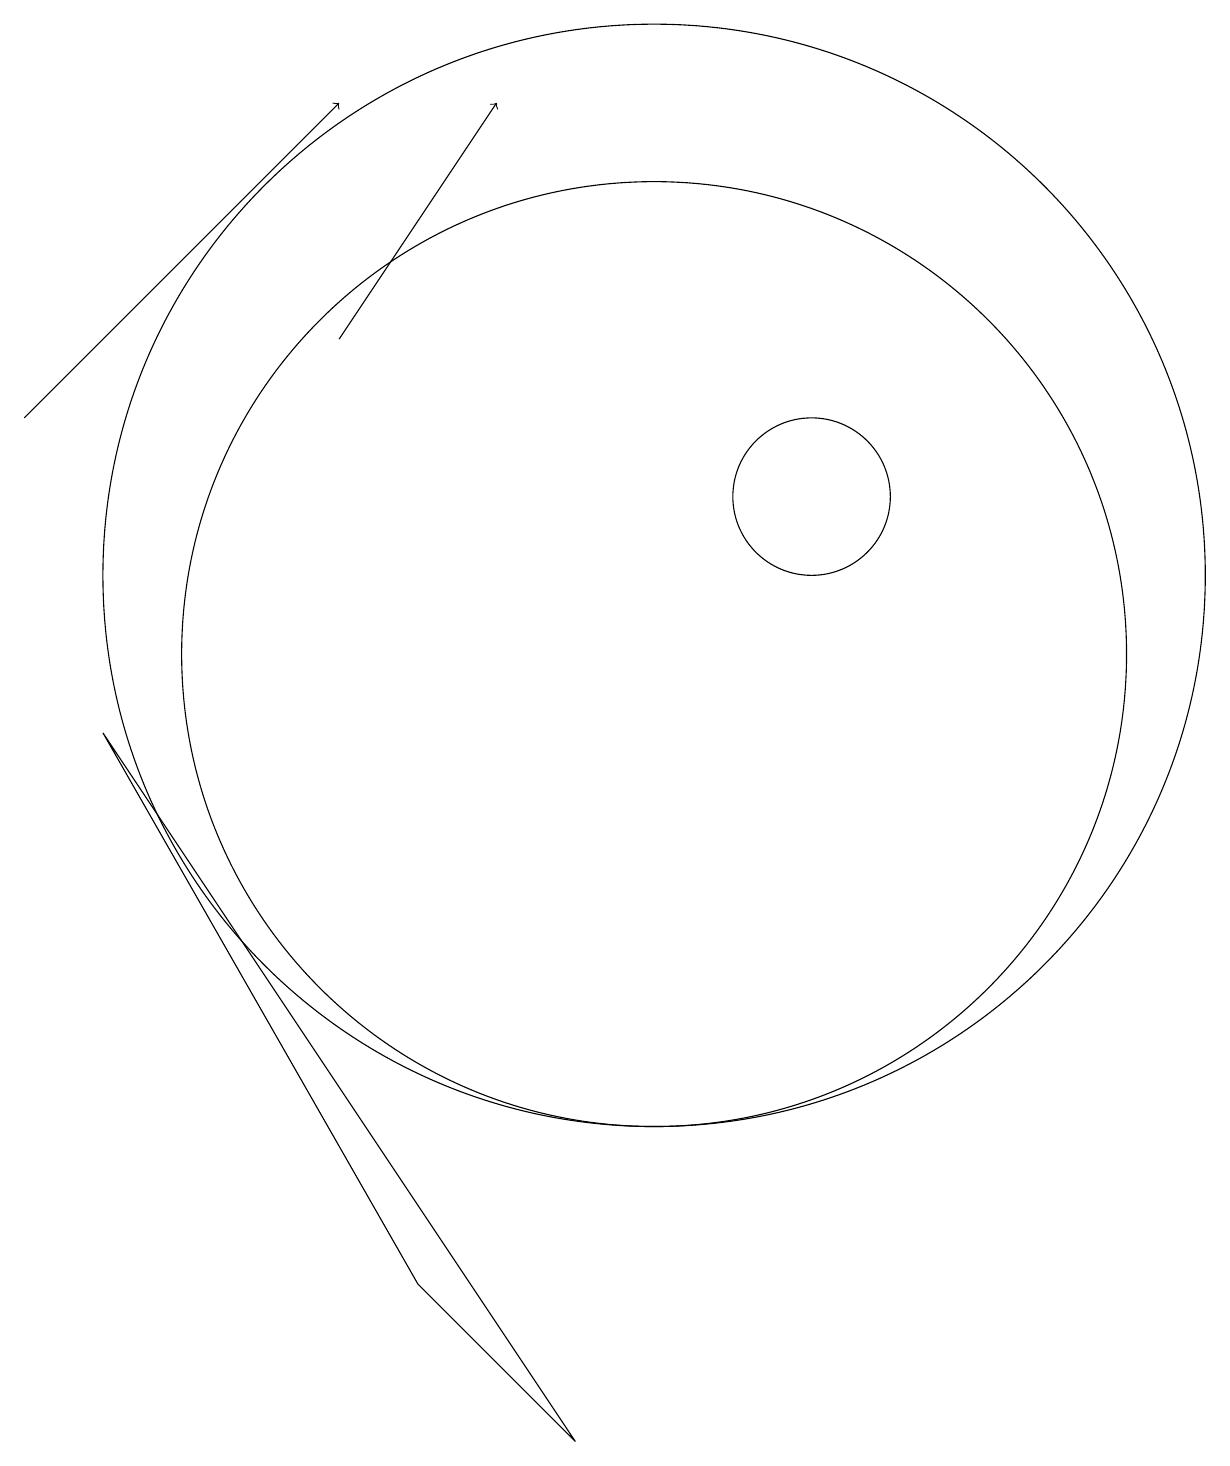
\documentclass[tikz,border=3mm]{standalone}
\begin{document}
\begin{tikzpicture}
\draw (12,12) circle (1);
\draw (10,11) circle (7);
\draw[->] (2,13) -- (6,17);
\draw[->] (6,14) -- (8,17);
\draw (10,10) circle (6);
\draw (3,9) -- (7,2) -- (9,0) -- cycle;
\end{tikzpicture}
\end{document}